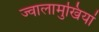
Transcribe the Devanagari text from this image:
ज्वालामुखियां